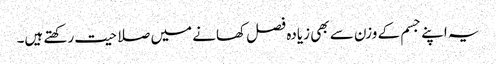
یہ اپنے جسم کے وزن سے بھی زیادہ فصل کھانے میں صلاحیت رکھتے ہیں۔